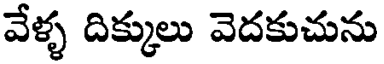
వేళ్ళ దిక్కులు వెదకుచును